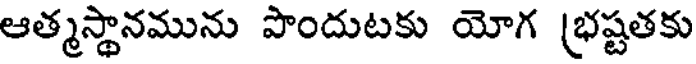
ఆత్మస్థానమును పొందుటకు యోగ (భష్టతకు